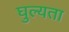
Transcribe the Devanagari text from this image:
घुल्यता